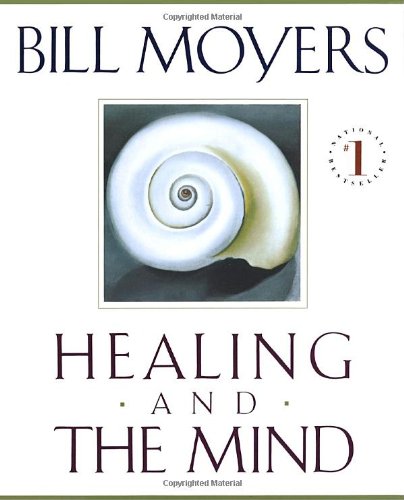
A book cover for Healing and the Mind; Bill Moyers; Health, Fitness & Dieting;